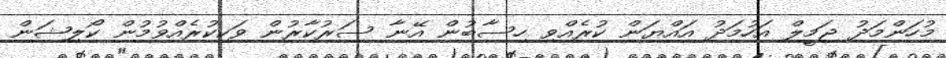
މުހަންމަދު ޖަމީލް އަހުމަދު އައްޔަން ކުރެއްވި ހިސާބުން އޭނާ ސަރުކާރުން ވަކިކުރެއްވުމުން ކޯލިޝަން